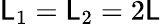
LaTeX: \mathsf{L}_{1}=\mathsf{L}_{2}=2\mathsf{L}